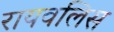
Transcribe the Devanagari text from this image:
रायवलिस